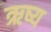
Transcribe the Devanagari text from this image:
ऋष्य